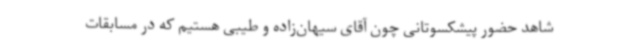
شاهد حضور پیشکسوتانی چون آقای سیهان‌زاده و طیبی هستیم که در مسابقات